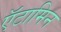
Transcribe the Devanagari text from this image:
ऍटामिन